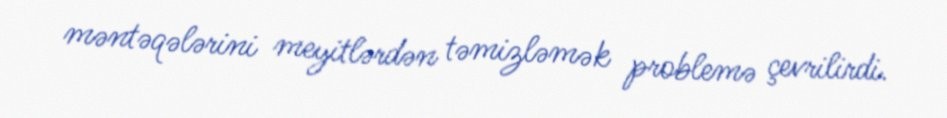
məntəqələrini meyitlərdən təmizləmək problemə çevrilirdi.